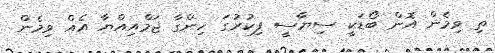
ތި ވިމެން އޮން ބޯޑަކީ ސިޔާސީ ފިކުރުގަ ހިންގާ ޖަމްއިއްޔާ އެއް ވިމެން